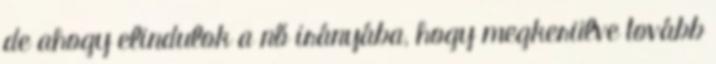
de ahogy elindulok a nő irányába, hogy megkerülve tovább